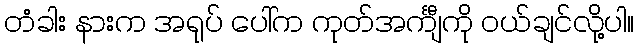
တံခါး နားက အရုပ် ပေါ်က ကုတ်အင်္ကျီကို ဝယ်ချင်လို့ပါ။